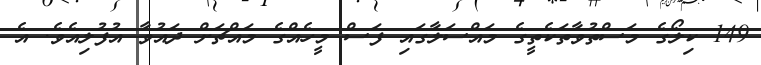
149 ކިލޯގެ މަސްތުވާތަކެތީގެ މައްސަލާގައި ފަސް މީހެއްގެ މައްޗަށް ދައުވާ އުފުލިއެވެ. އެ